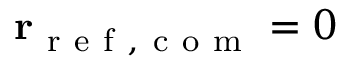
\mathbf { r } _ { \mathrm { ~ r ~ e ~ f ~ , ~ c ~ o ~ m ~ } } = 0